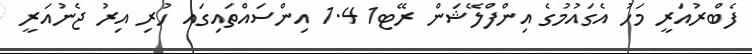
ފެބްރުއަރީ މަހު އެގައުމުގެ އިންފްލޭޝަން ރޭޓ1 1.4 އިންސައްތައިގައ ހުރި އިރު ޖެނުއަރީ